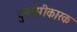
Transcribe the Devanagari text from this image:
पुनर्नमीकारक